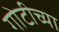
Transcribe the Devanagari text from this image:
गोटीच्या